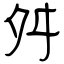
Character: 舛